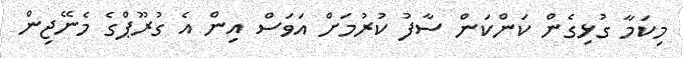
މިކަމާ ގުޅިގެން ކަންކަން ސާފު ކުރުމަށް އަވަސް އިން އެ ގުރޫޕްގެ މެނޭޖިން